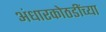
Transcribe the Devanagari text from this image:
अंधारकोठडींच्या